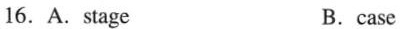
16.A.stage